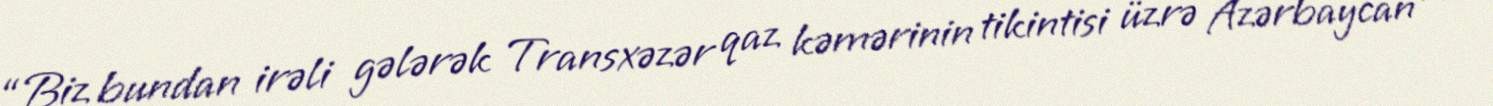
“Biz bundan irəli gələrək Transxəzər qaz kəmərinin tikintisi üzrə Azərbaycan və